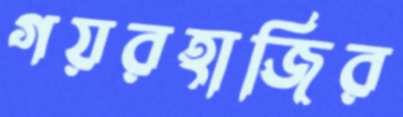
গয়রহাজির